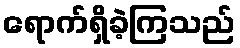
ရောက်ရှိခဲ့ကြသည်